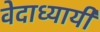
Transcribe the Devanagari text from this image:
वेदाध्यायी